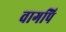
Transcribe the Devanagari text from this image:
वागपि